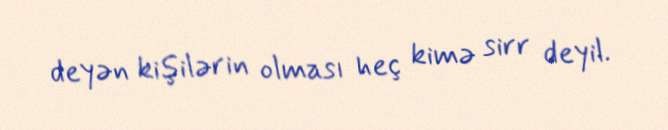
deyən kişilərin olması heç kimə sirr deyil.